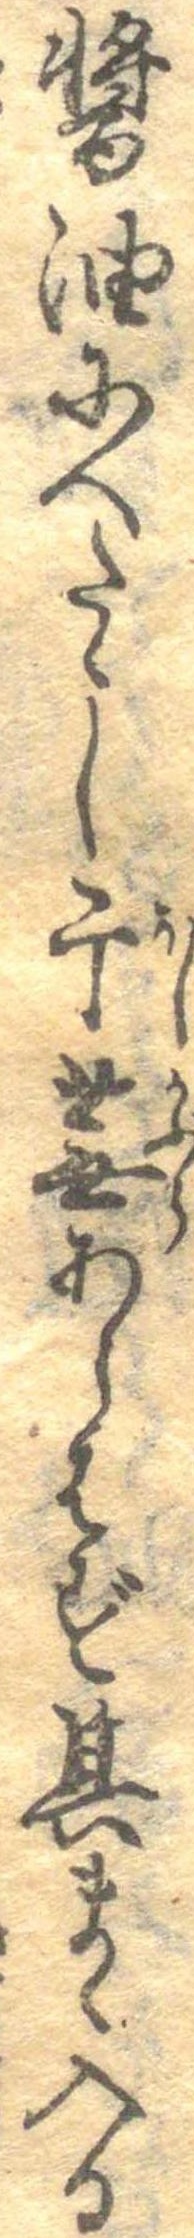
醤油にへたゝし干蕪あらはず其まゝ入る